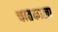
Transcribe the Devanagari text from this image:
चातकाला